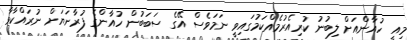
މިއީ ހުއާންއަށް ލިބުނު ކުރިއެރުމެއްކަމުގައިވީ ނަމަވެސް އޭގެ ސަބަބުން ހުއާންގެ ފުރާނަޔަށް ނުރައްކާވާ